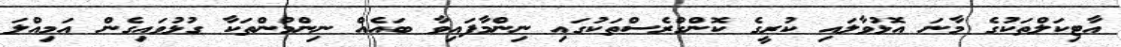
އާޓިކަލްތަކުގެ މާނަ އޮޅުވާލައި ކުރީގެ ކޮންގްރެސްތަކުގައި ނިންމާފައިވާ ބައެއް ނިންމުންތަކާ ގުޅުވައިގެން އަމިއްލަ